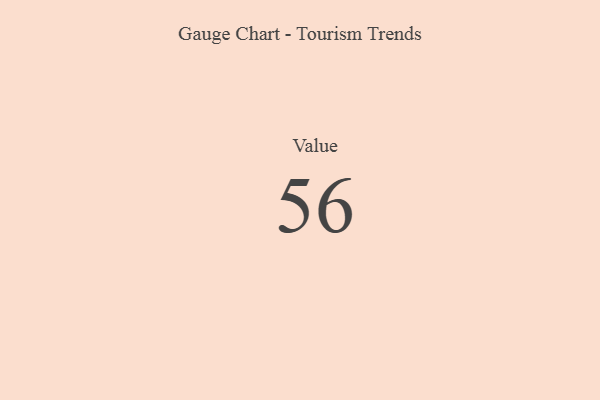
{"axis": {"x": "Metric", "y": "Value"}, "legend": [""], "data": [{"x": "Value", "y": 56, "type": ""}]}